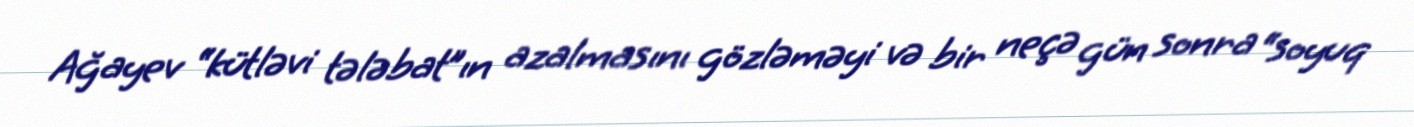
Ağayev “kütləvi tələbat”ın azalmasını gözləməyi və bir neçə gün sonra “soyuq